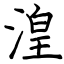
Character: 湟